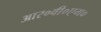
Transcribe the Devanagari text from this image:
आर०वी०एम०